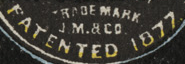
FATENTED 1877